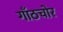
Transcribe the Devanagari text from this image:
गाँठचोर